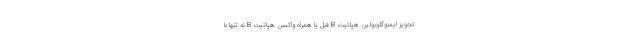
تجویز ایمنوگلوبولین هپاتیت B قبل یا همراه واکسن هپاتیت B نه تنها با